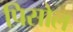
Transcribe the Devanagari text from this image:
पिसोल